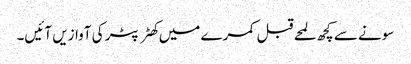
سونے سے کچھ لمحے قبل کمرے میں کھٹر پٹر کی آوازیں آئیں۔